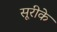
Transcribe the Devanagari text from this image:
सूरीके